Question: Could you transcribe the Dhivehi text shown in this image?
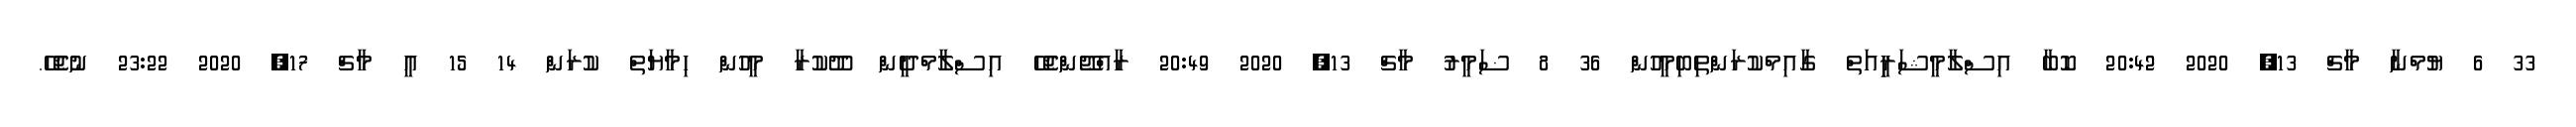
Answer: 33 6 ޔުމްނާ މާޗް 13, 2020 20:42 ކޮބާ އިސްލާމީޝަރިިީއަތް ގާއިމްކުރަންތިބިމީހުން 36 8 ޟަމީރު މާޗް 13, 2020 20:49 ރާއްޖޭންޖެހޭ އިސްލާމްދީން ދޫކުރާ މީހުން ހިމާޔަތް ކުރަން 14 15 އީ މާޗް 17, 2020 23:22 ނުޖެހޭ.